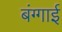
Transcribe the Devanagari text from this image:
बंग्गाई